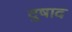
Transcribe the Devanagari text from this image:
दुषाद